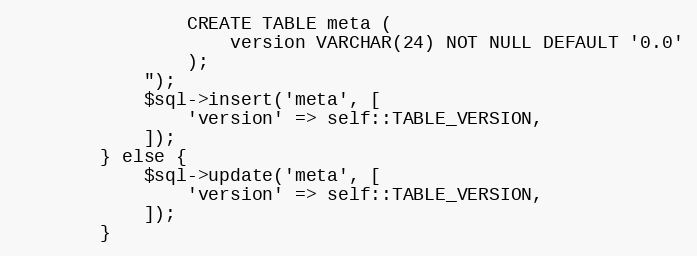
Language: PHP
				CREATE TABLE meta (
					version VARCHAR(24) NOT NULL DEFAULT '0.0'
				);
			");
			$sql->insert('meta', [
				'version' => self::TABLE_VERSION,
			]);
		} else {
			$sql->update('meta', [
				'version' => self::TABLE_VERSION,
			]);
		}